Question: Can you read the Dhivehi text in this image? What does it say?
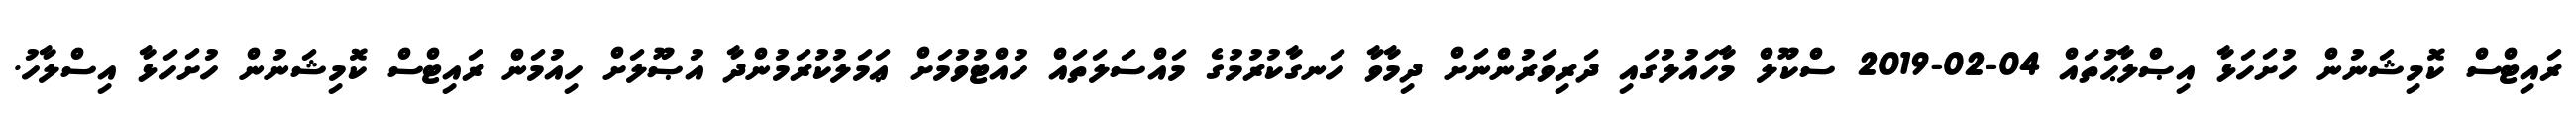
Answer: ރައިޓްސް ކޮމިޝަނުން ހުށަހަޅާ އިޞްލާޙުތައް 04-02-2019 ސްކޫލް މާހައުލުގައި ދަރިވަރުންނަށް ދިމާވާ ހަނގާކުރުމުގެ މައްސަލަތައް ހުއްޓުވުމަށް ޢަމަލުކުރަމުންދާ އުޞޫލަށް ހިއުމަން ރައިޓްސް ކޮމިޝަނުން ހުށަހަޅާ އިސްލާހު.